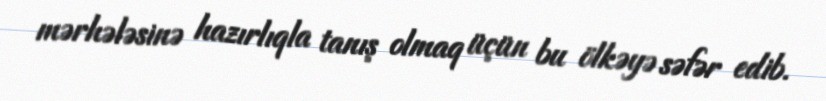
mərhələsinə hazırlıqla tanış olmaq üçün bu ölkəyə səfər edib.